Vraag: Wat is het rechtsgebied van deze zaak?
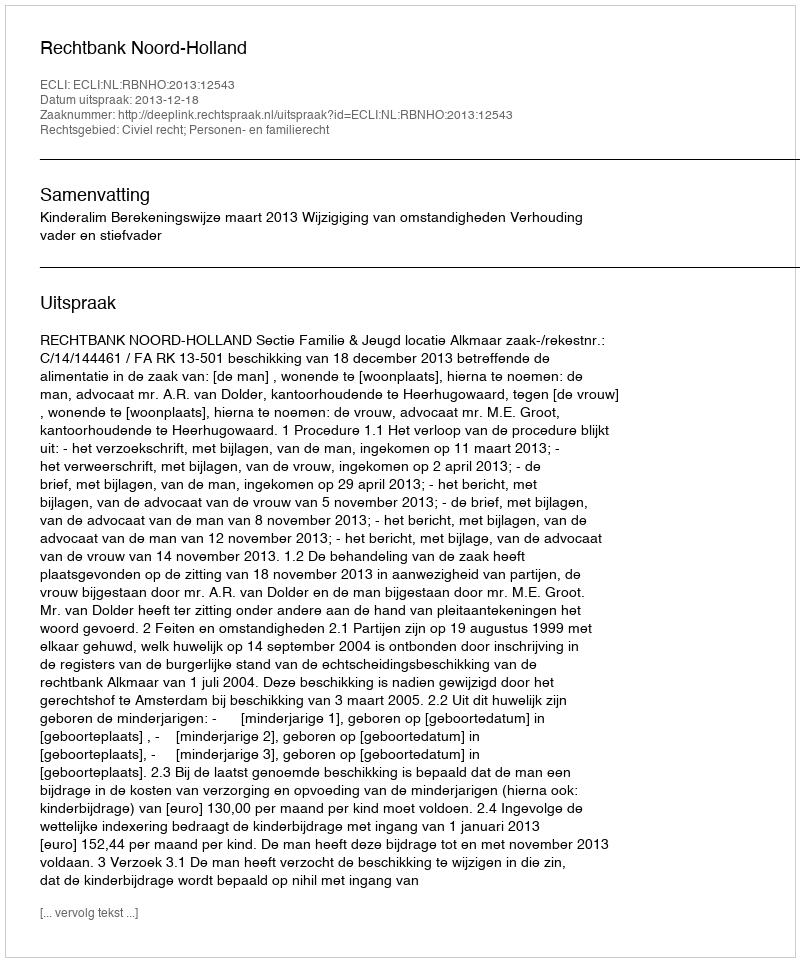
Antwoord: Civiel recht; Personen- en familierecht